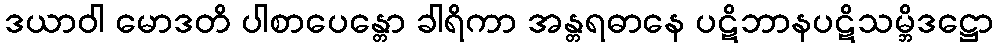
ဒယာဝါ မောဒတိ ပါစာပေန္တော ခါရိကာ အန္တရဓာနေ ပဋိဘာနပဋိသမ္ဘိဒဋ္ဌော